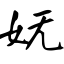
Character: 妩